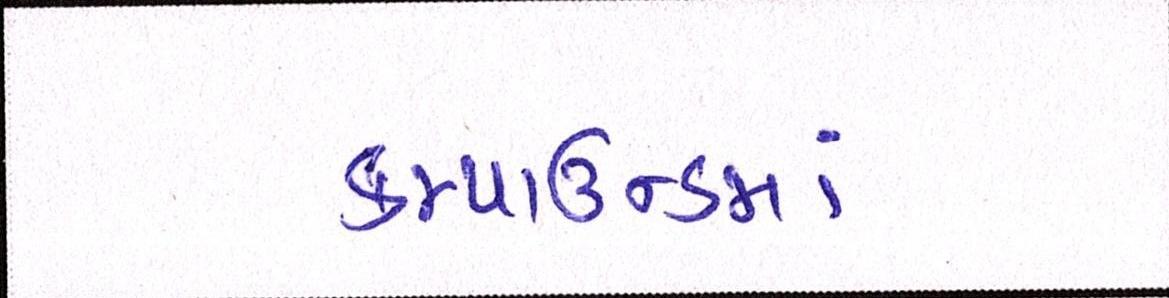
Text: કમ્પાઉન્ડમાં